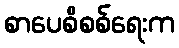
စာပေစိစစ်ရေးက